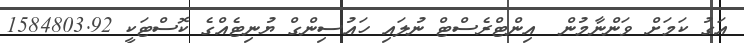
އަގު ކަމަށް ވަންނާމުން  އިންޓްރެސްޓް ނުލައި ހައުސިންގް ޔުނިޓެއްގެ ކޮސްޓަކީ 1584803.92